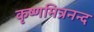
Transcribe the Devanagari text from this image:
कृष्णमित्रनन्द